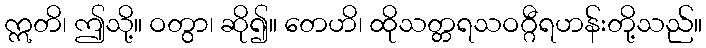
ဣတိ၊ ဤသို့။ ဝတွာ၊ ဆို၍။ တေဟိ၊ ထိုသတ္တရသဝဂ္ဂီရဟန်းတို့သည်။